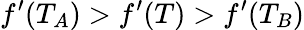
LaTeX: f^{\prime}(T_{A})>f^{\prime}(T)>f^{\prime}(T_{B})